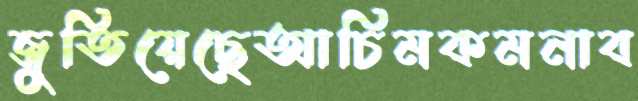
জুতিয়েছেআচিমকমনাব